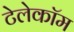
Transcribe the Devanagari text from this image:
टेलेकॉम